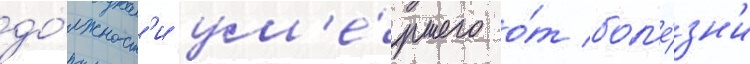
до́лжност'и ум'е́ршего о́т бол'е́зн'и